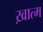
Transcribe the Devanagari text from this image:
ख़ात्म